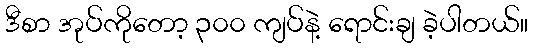
ဒီစာ အုပ်ကိုတော့ ၃၀၀ ကျပ်နဲ့ ရောင်းချ ခဲ့ပါတယ်။